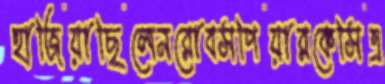
হাজিয়াছিলেনরোবসপিয়ারকেসিএ